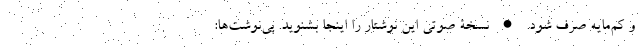
و کم‌مایه صرف شود. • نسخۀ صوتی این نوشتار را اینجا بشنوید. پی‌نوشت‌ها: